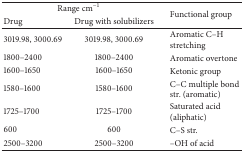
| <COLSPAN=2> Range cm−1 | Functional group |
 | Drug | Drug with solubilizers |
 | --- | --- | --- |
 | 3019.98, 3000.69 | 3019.98, 3000.69 | Aromatic C–H stretching |
 | 1800–2400 | 1800–2400 | Aromatic overtone |
 | 1600–1650 | 1600–1650 | Ketonic group |
 | 1580–1600 | 1580–1600 | C–C multiple bond str. (aromatic) |
 | 1725–1700 | 1725–1700 | Saturated acid (aliphatic) |
 | 600 | 600 | C–S str. |
 | 2500–3200 | 2500–3200 | –OH of acid |